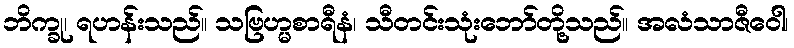
ဘိက္ခု၊ ရဟန်းသည်။ သဗြဟ္မစာရီနံ၊ သီတင်းသုံးဘော်တို့သည်။ အလံသာဇီဝေါ၊